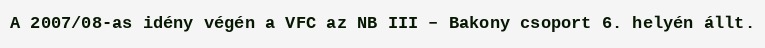
A 2007/08-as idény végén a VFC az NB III – Bakony csoport 6. helyén állt.